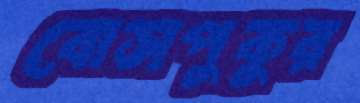
বোসপুকুর